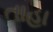
તાહા